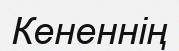
Кененнің